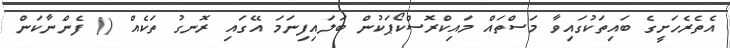
އެތެރެހަށީގެ ބައިތަކުގައިވާ މަސްތައް މައިކްރޮސްކޯޕަކުން ބަލައިފިނަމަ އޭގައި ރޮނގު ތަކެއް () ފެންނާކަން